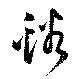
谿